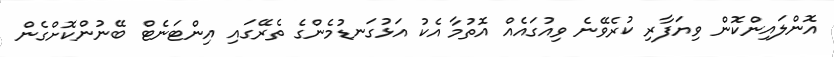
އޮންލައިންކޮން ވިޔަފާރި ކުރެވޭނެ ވިއުގައެއް އޮތުމާ އެކު އަޅުގަނޑުމެންގެ ތެރޭގައި އިންޓަނެޓް ބޭނުންކޮށްގެން